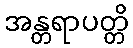
အန္တရာပတ္တိ